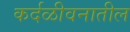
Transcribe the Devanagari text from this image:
कर्दळीवनातील